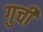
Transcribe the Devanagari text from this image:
गुची